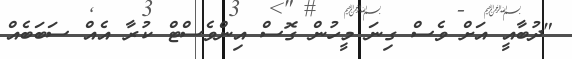
"ދުބާއީ އަށް ވެސް ގިނަ މީހުން ގޮސް އިންވެސްޓް ކުރާ އެއް ސަބަބެއް